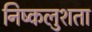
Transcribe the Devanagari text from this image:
निष्कलुशता